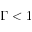
\Gamma < 1